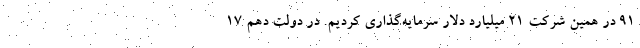
91 در همین شرکت 21 میلیارد دلار سرمایه‌گذاری کردیم. در دولت دهم 17